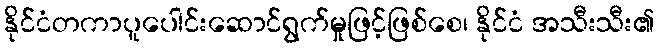
နိုင်ငံတကာပူပေါင်းဆောင်ရွက်မှုဖြင့်ဖြစ်စေ၊ နိုင်ငံ အသီးသီး၏